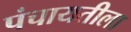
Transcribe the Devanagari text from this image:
पंचायतीला